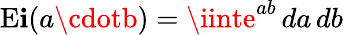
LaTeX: \operatorname{E\mathbf{i}}(a\cdotb)=\iinte^{ab}\, da\, db